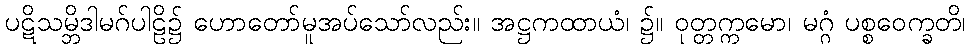
ပဋိသမ္ဘိဒါမဂ်ပါဠိ၌ ဟောတော်မူအပ်သော်လည်း။ အဋ္ဌကထာယံ၊ ၌။ ဝုတ္တက္ကမော၊ မဂ္ဂံ ပစ္စဝေက္ခတိ၊